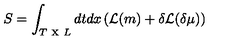
S = \int _ { T \textrm { x } L } d t d x \left( { \cal { \mathcal { L } } } ( m ) + \delta { \cal { \mathcal { L } } } ( \delta \mu ) \right)